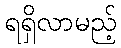
ရရှိလာမည့်